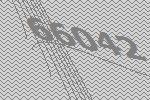
66042